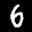
Label: 6